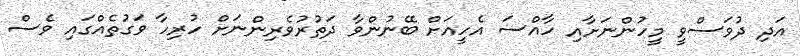
އަދި ދުވަސްވީ މީހުންނަށާއި ހާއްސަ އެހީއަށް ބޭނުންވާ ދަތުރުވެރިންނަށް ހުރިހާ ވަގުތެއްގައި ވެސް